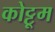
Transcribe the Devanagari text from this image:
कोट्टूम